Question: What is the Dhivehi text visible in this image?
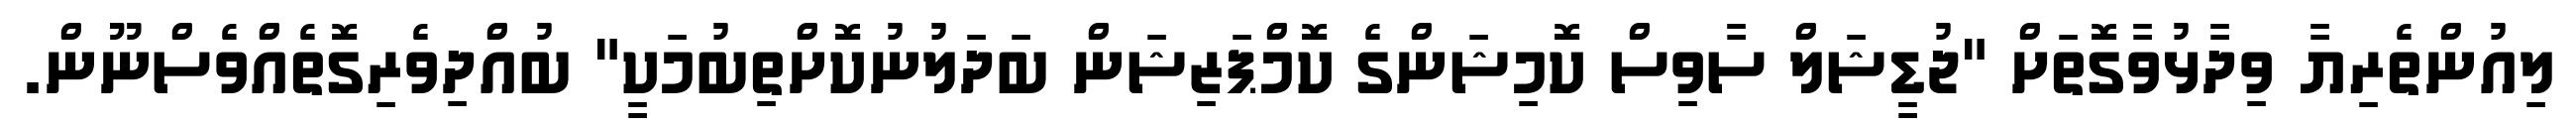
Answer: ލިއުންތެރިޔާ ވިދާޅުވާގޮތަށް "ޖުޑީޝަލް ސާވިސް ކޮމިޝަންގެ ކޮމްޕަޒިޝަން ބަދަލުނުކޮށްތިބުމަކީ" ބުއްދިވެރިގޮތެއްވެސްނޫން.